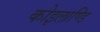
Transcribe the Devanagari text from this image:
कोइलाण्डि